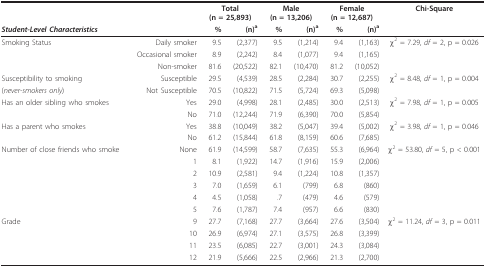
<table><thead><tr><td></td><td></td><td colspan="2"><b>Total(n = 25,893)</b></td><td colspan="2"><b>Male(n = 13,206)</b></td><td colspan="2"><b>Female(n = 12,687)</b></td><td><b>Chi-Square</b></td></tr><tr><td><b><i>Student-Level Characteristics</i></b></td><td></td><td><b>%</b></td><td><b>(n)<sup>a</sup></b></td><td><b>%</b></td><td><b>(n)<sup>a</sup></b></td><td><b>%</b></td><td><b>(n)<sup>a</sup></b></td><td></td></tr></thead><tbody><tr><td>Smoking Status</td><td>Daily smoker</td><td>9.5</td><td>(2,377)</td><td>9.5</td><td>(1,214)</td><td>9.4</td><td>(1,163)</td><td>χ<sup>2 </sup>= 7.29, <i>df </i>= 2, p = 0.026</td></tr><tr><td></td><td>Occasional smoker</td><td>8.9</td><td>(2,242)</td><td>8.4</td><td>(1,077)</td><td>9.4</td><td>(1,165)</td><td></td></tr><tr><td></td><td>Non-smoker</td><td>81.6</td><td>(20,522)</td><td>82.1</td><td>(10,470)</td><td>81.2</td><td>(10,052)</td><td></td></tr><tr><td>Susceptibility to smoking</td><td>Susceptible</td><td>29.5</td><td>(4,539)</td><td>28.5</td><td>(2,284)</td><td>30.7</td><td>(2,255)</td><td>χ<sup>2 </sup>= 8.48, <i>df </i>= 1, p = 0.004</td></tr><tr><td>(<i>never-smokers only</i>)</td><td>Not Susceptible</td><td>70.5</td><td>(10,822)</td><td>71.5</td><td>(5,724)</td><td>69.3</td><td>(5,098)</td><td></td></tr><tr><td>Has an older sibling who smokes</td><td>Yes</td><td>29.0</td><td>(4,998)</td><td>28.1</td><td>(2,485)</td><td>30.0</td><td>(2,513)</td><td>χ<sup>2 </sup>= 7.98, <i>df </i>= 1, p = 0.005</td></tr><tr><td></td><td>No</td><td>71.0</td><td>(12,244)</td><td>71.9</td><td>(6,390)</td><td>70.0</td><td>(5,854)</td><td></td></tr><tr><td>Has a parent who smokes</td><td>Yes</td><td>38.8</td><td>(10,049)</td><td>38.2</td><td>(5,047)</td><td>39.4</td><td>(5,002)</td><td>χ<sup>2 </sup>= 3.98, <i>df </i>= 1, p = 0.046</td></tr><tr><td></td><td>No</td><td>61.2</td><td>(15,844)</td><td>61.8</td><td>(8,159)</td><td>60.6</td><td>(7,685)</td><td></td></tr><tr><td>Number of close friends who smoke</td><td>None</td><td>61.9</td><td>(14,599)</td><td>58.7</td><td>(7,635)</td><td>55.3</td><td>(6,964)</td><td>χ<sup>2 </sup>= 53.80, <i>df </i>= 5, p &lt; 0.001</td></tr><tr><td></td><td>1</td><td>8.1</td><td>(1,922)</td><td>14.7</td><td>(1,916)</td><td>15.9</td><td>(2,006)</td><td></td></tr><tr><td></td><td>2</td><td>10.9</td><td>(2,581)</td><td>9.4</td><td>(1,224)</td><td>10.8</td><td>(1,357)</td><td></td></tr><tr><td></td><td>3</td><td>7.0</td><td>(1,659)</td><td>6.1</td><td>(799)</td><td>6.8</td><td>(860)</td><td></td></tr><tr><td></td><td>4</td><td>4.5</td><td>(1,058)</td><td>.7</td><td>(479)</td><td>4.6</td><td>(579)</td><td></td></tr><tr><td></td><td>5</td><td>7.6</td><td>(1,787)</td><td>7.4</td><td>(957)</td><td>6.6</td><td>(830)</td><td></td></tr><tr><td>Grade</td><td>9</td><td>27.7</td><td>(7,168)</td><td>27.7</td><td>(3,664)</td><td>27.6</td><td>(3,504)</td><td>χ<sup>2 </sup>= 11.24, <i>df </i>= 3, p = 0.011</td></tr><tr><td></td><td>10</td><td>26.9</td><td>(6,974)</td><td>27.1</td><td>(3,575)</td><td>26.8</td><td>(3,399)</td><td></td></tr><tr><td></td><td>11</td><td>23.5</td><td>(6,085)</td><td>22.7</td><td>(3,001)</td><td>24.3</td><td>(3,084)</td><td></td></tr><tr><td></td><td>12</td><td>21.9</td><td>(5,666)</td><td>22.5</td><td>(2,966)</td><td>21.3</td><td>(2,700)</td><td></td></tr></tbody></table>